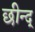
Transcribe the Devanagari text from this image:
छीन्द्